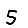
Digit: 5